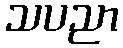
သပညာ